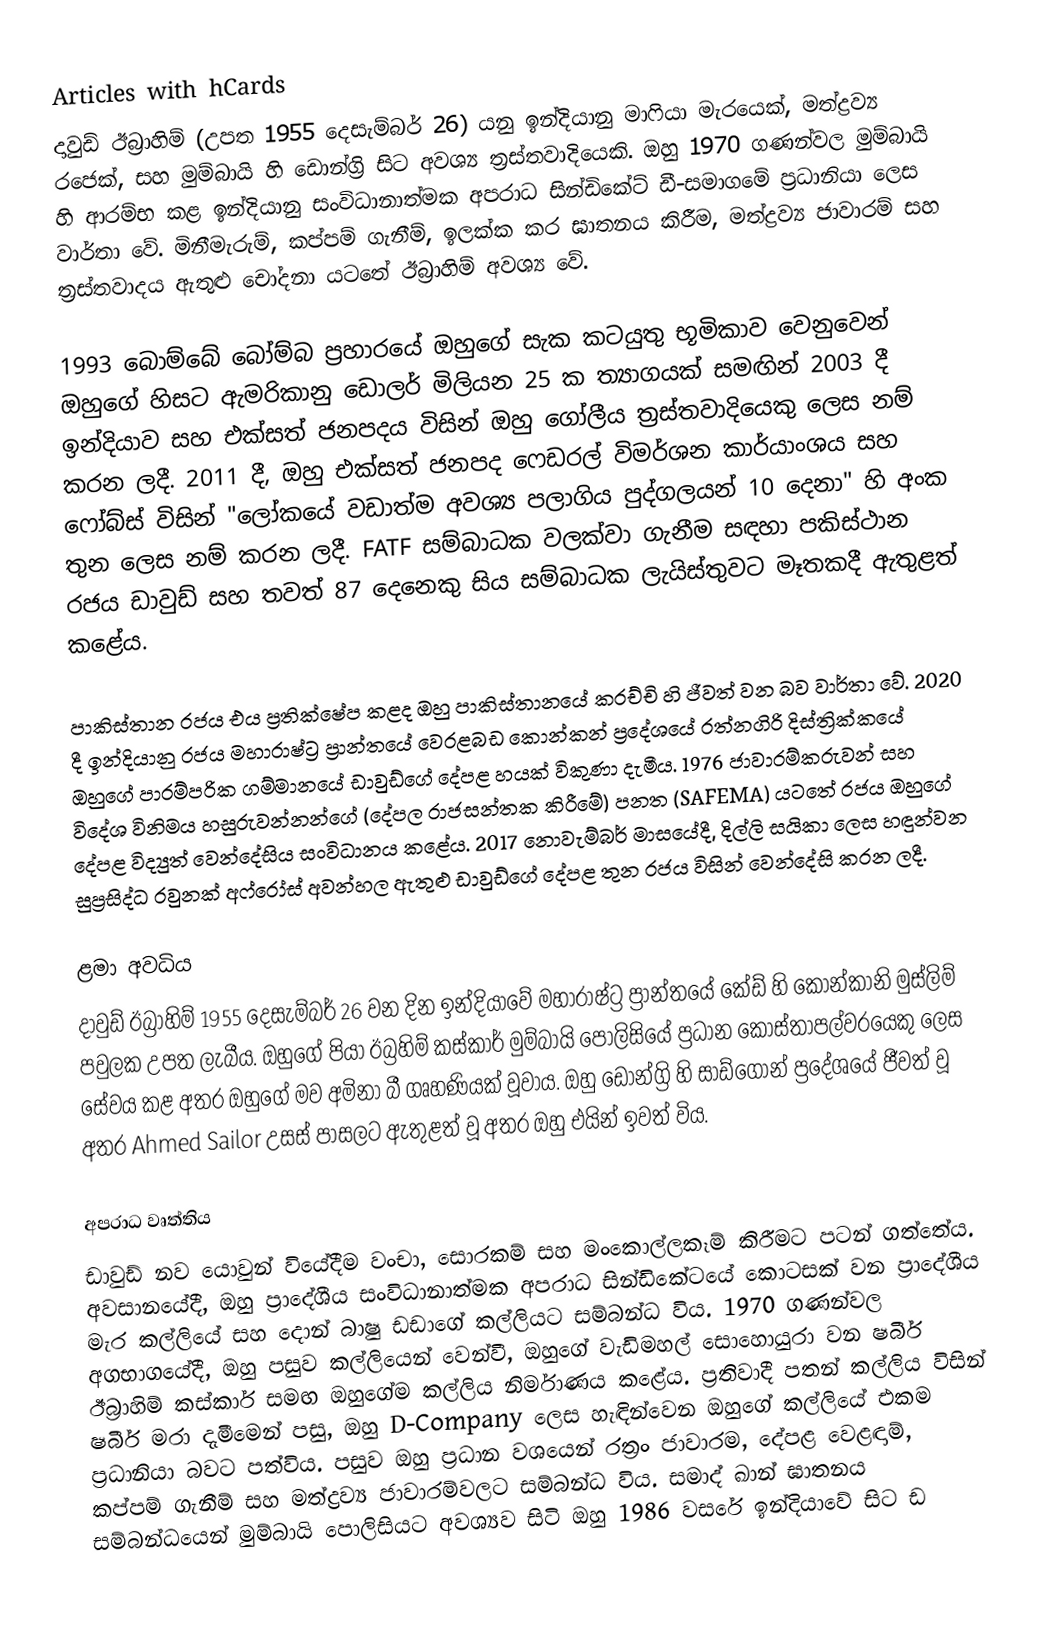
Articles with hCards
දාවුඩ් ඊබ්‍රාහිම් (උපත 1955 දෙසැම්බර් 26) යනු ඉන්දියානු මාෆියා මැරයෙක්, මත්ද්‍රව්‍ය රජෙක්, සහ මුම්බායි හි ඩොන්ග්‍රි සිට අවශ්‍ය ත්‍රස්තවාදියෙකි. ඔහු 1970 ගණන්වල මුම්බායි හි ආරම්භ කළ ඉන්දියානු සංවිධානාත්මක අපරාධ සින්ඩිකේට් ඩී-සමාගමේ ප්‍රධානියා ලෙස වාර්තා වේ. මිනීමැරුම්, කප්පම් ගැනීම්, ඉලක්ක කර ඝාතනය කිරීම, මත්ද්‍රව්‍ය ජාවාරම් සහ ත්‍රස්තවාදය ඇතුළු චෝදනා යටතේ ඊබ්‍රාහිම් අවශ්‍ය වේ.

1993 බොම්බේ බෝම්බ ප්‍රහාරයේ ඔහුගේ සැක කටයුතු භූමිකාව වෙනුවෙන් ඔහුගේ හිසට ඇමරිකානු ඩොලර් මිලියන 25 ක ත්‍යාගයක් සමඟින් 2003 දී ඉන්දියාව සහ එක්සත් ජනපදය විසින් ඔහු ගෝලීය ත්‍රස්තවාදියෙකු ලෙස නම් කරන ලදී. 2011 දී, ඔහු එක්සත් ජනපද ෆෙඩරල් විමර්ශන කාර්යාංශය සහ ෆෝබ්ස් විසින් "ලෝකයේ වඩාත්ම අවශ්‍ය පලාගිය පුද්ගලයන් 10 දෙනා" හි අංක තුන ලෙස නම් කරන ලදී. FATF සම්බාධක වලක්වා ගැනීම සඳහා පකිස්ථාන රජය ඩාවුඩ් සහ තවත් 87 දෙනෙකු සිය සම්බාධක ලැයිස්තුවට මෑතකදී ඇතුළත් කළේය.

පාකිස්තාන රජය එය ප්‍රතික්ෂේප කළද ඔහු පාකිස්තානයේ කරච්චි හි ජීවත් වන බව වාර්තා වේ. 2020 දී ඉන්දියානු රජය මහාරාෂ්ට්‍ර ප්‍රාන්තයේ වෙරළබඩ කොන්කන් ප්‍රදේශයේ රත්නගිරි දිස්ත්‍රික්කයේ ඔහුගේ පාරම්පරික ගම්මානයේ ඩාවුඩ්ගේ දේපළ හයක් විකුණා දැමීය. 1976 ජාවාරම්කරුවන් සහ විදේශ විනිමය හසුරුවන්නන්ගේ (දේපල රාජසන්තක කිරීමේ) පනත (SAFEMA) යටතේ රජය ඔහුගේ දේපළ විද්‍යුත් වෙන්දේසිය සංවිධානය කළේය. 2017 නොවැම්බර් මාසයේදී, දිල්ලි සයිකා ලෙස හඳුන්වන සුප්‍රසිද්ධ රවුනක් අෆ්රෝස් අවන්හල ඇතුළු ඩාවුඩ්ගේ දේපළ තුන රජය විසින් වෙන්දේසි කරන ලදී.

ළමා අවධිය
දාවුඩ් ඊබ්‍රාහිම් 1955 දෙසැම්බර් 26 වන දින ඉන්දියාවේ මහාරාෂ්ට්‍ර ප්‍රාන්තයේ කේඩ් හි කොන්කානි මුස්ලිම් පවුලක උපත ලැබීය.  ඔහුගේ පියා ඊබ්‍රහිම් කස්කාර් මුම්බායි පොලිසියේ ප්‍රධාන කොස්තාපල්වරයෙකු ලෙස සේවය කළ අතර ඔහුගේ මව අමිනා බී ගෘහණියක් වූවාය.  ඔහු ඩොන්ග්‍රි හි සාඩ්ගෝන් ප්‍රදේශයේ ජීවත් වූ අතර Ahmed Sailor උසස් පාසලට ඇතුළත් වූ අතර ඔහු එයින් ඉවත් විය.

අපරාධ වෘත්තිය
ඩාවුඩ් නව යොවුන් වියේදීම වංචා, සොරකම් සහ මංකොල්ලකෑම් කිරීමට පටන් ගත්තේය. අවසානයේදී, ඔහු ප්‍රාදේශීය සංවිධානාත්මක අපරාධ සින්ඩිකේටයේ කොටසක් වන ප්‍රාදේශීය මැර කල්ලියේ සහ දොන් බාෂු ඩඩාගේ කල්ලියට සම්බන්ධ විය. 1970 ගණන්වල අගභාගයේදී, ඔහු පසුව කල්ලියෙන් වෙන්වී, ඔහුගේ වැඩිමහල් සොහොයුරා වන ෂබීර් ඊබ්‍රාහිම් කස්කාර් සමඟ ඔහුගේම කල්ලිය නිර්මාණය කළේය. ප්‍රතිවාදී පතන් කල්ලිය විසින් ෂබීර් මරා දැමීමෙන් පසු, ඔහු D-Company ලෙස හැඳින්වෙන ඔහුගේ කල්ලියේ එකම ප්‍රධානියා බවට පත්විය. පසුව ඔහු ප්‍රධාන වශයෙන් රත්‍රං ජාවාරම, දේපළ වෙළඳාම්, කප්පම් ගැනීම් සහ මත්ද්‍රව්‍ය ජාවාරම්වලට සම්බන්ධ විය. සමාද් ඛාන් ඝාතනය සම්බන්ධයෙන් මුම්බායි පොලිසියට අවශ්‍යව සිටි ඔහු 1986 වසරේ ඉන්දියාවේ සිට ඩ